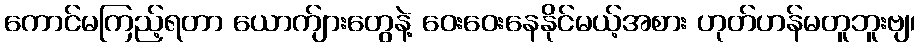
ကောင်မကြည့်ရတာ ယောက်ျားတွေနဲ့ ဝေးဝေးနေနိုင်မယ့်အစား ဟုတ်ဟန်မတူဘူးဗျ၊